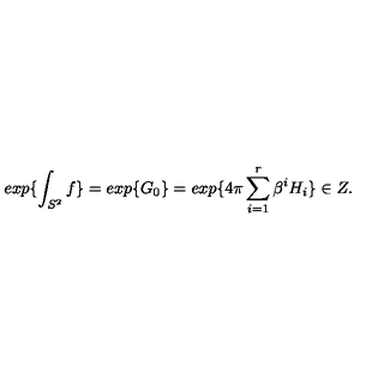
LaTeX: e x p \{ \int _ { S ^ { 2 } } f \} = e x p \{ G _ { 0 } \} = e x p \{ 4 \pi \sum _ { i = 1 } ^ { r } \beta ^ { i } H _ { i } \} \in Z .